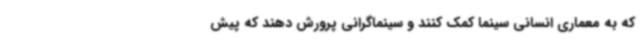
که به معماری انسانی سینما کمک کنند و سینماگرانی پرورش دهند که پیش